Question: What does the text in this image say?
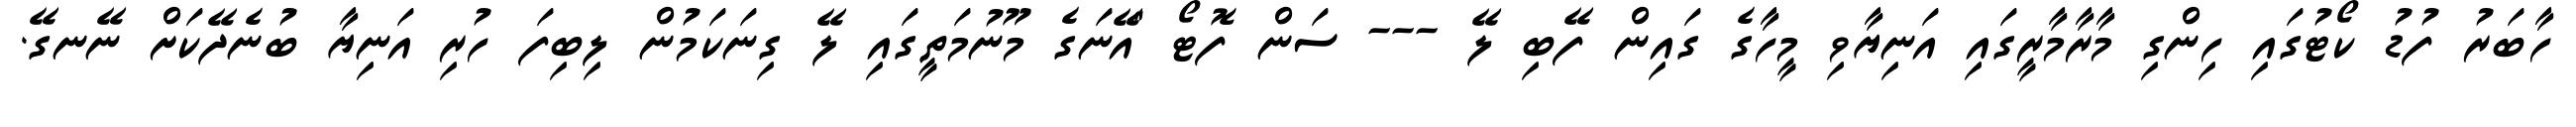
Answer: ހާބަރު ފުޑު ކޯޓުގައި ހިންގި މާރާމާރީގައި އަނިޔާވި މީހާގެ ގައިން ފޭބި ލޭ --- ސަން ފޮޓޯ "އޭނަގެ މޫނުމަތީގައި ލޭ ގިނަކަމުން ލިބިފަ ހުރި އަނިޔާ ބުނެދޭކަށް ނޭނގޭ.